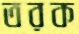
তরক